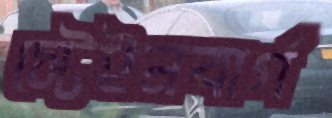
স্টেইনবার্গ